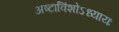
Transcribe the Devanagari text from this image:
अष्टाविंशोऽध्यायः